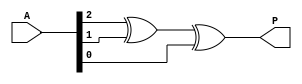
`timescale 1ns / 1ps
//////////////////////////////////////////////////////////////////////////////////
// Company: 
// Engineer: 
// 
// Design Name: 
// Module Name:    Even_Parity_Generator 
// Project Name: 
// Target Devices: 
// Tool versions: 
// Description: 
//
// Dependencies: 
//
// Revision: 
// Revision 0.01 - File Created
// Additional Comments: 
//
//////////////////////////////////////////////////////////////////////////////////
module Even_Parity_Generator(A,P
    );
input [2:0] A;
output P;

assign P=A[2]^A[1]^A[0];

endmodule